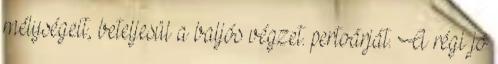
mélységeit, beteljesül a baljós végzet. pertoárját. A régi jó